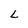
Character: L